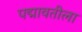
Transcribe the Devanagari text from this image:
पद्मावतीला